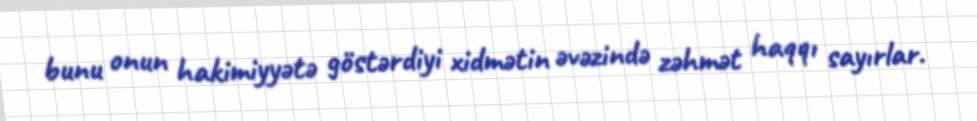
bunu onun hakimiyyətə göstərdiyi xidmətin əvəzində zəhmət haqqı sayırlar.